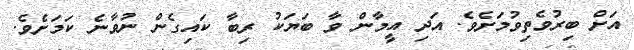
އަށް ބިރުވެތިވުމަށެވެ. އަދި އީމާން ވާ ބަޔަކު ރިބާ ކައިގެން ނުވާނެ ކަމަށެވެ.